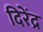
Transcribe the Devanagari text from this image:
दिरेंद्र